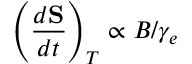
\left( \frac { d { \bf S } } { d t } \right) _ { T } \propto B / \gamma _ { e }